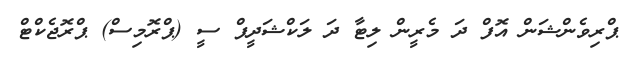
ޕްރިވެންޝަން އޮފް ދަ މެރީން ލިޓާ ދަ ލަކްޝަދީޕް ސީ (ޕްރޮމިސް) ޕްރޮޖެކްޓް